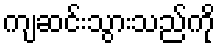
ကျဆင်းသွားသည်ကို